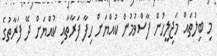
މި ބިލުތައް މަޖިލީހުން ފާސްވުމުން ކުއްޔަށް ހިފާ ފަރާތާއި ކުއްޔަށް ދޭ ފަރާތުގެ